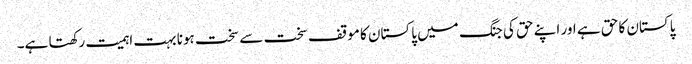
پاکستان کا حق ہے اور اپنے حق کی جنگ میں پاکستان کا موقف سخت سے سخت ہونا بہت اہمیت رکھتا ہے۔